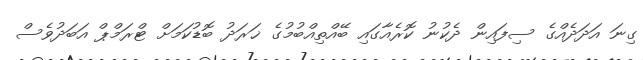
ގިނަ އަދަދެއްގެ ސިފައިން ދެކުނު ކޮރެއާގައި ބޭއްތިއްބުމުގެ ޚަރަދު ބޮޑުކަމަށް ޓްރަމްޕް އަބަދުވެސް